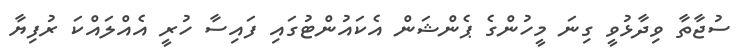
ސުޖާތާ ވިދާޅުވީ ގިނަ މީހުންގެ ޕެންޝަން އެކައުންޓުގައި ފައިސާ ހުރީ އެއްލައްކަ ރުފިޔާ